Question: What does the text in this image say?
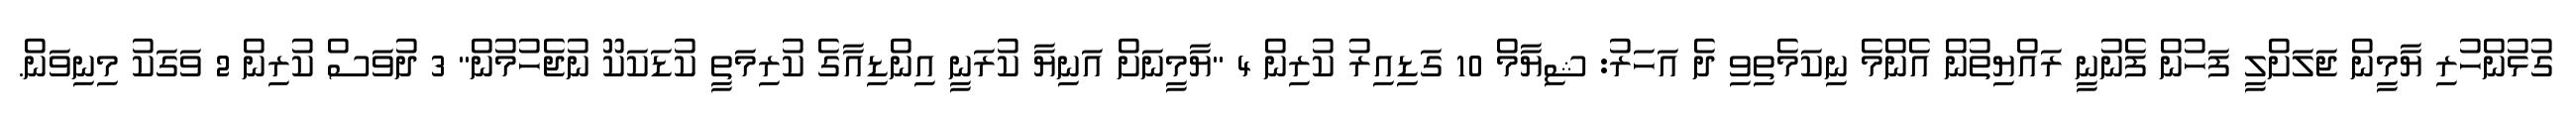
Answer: ގުޅުންހުރި ޔާމީން ޖަލަށްލީ ފަހުން ފެނުނީ ރައްޔިތުން އެންމެ ނިކަމެތިވި ދެ އަހަރު: ޝިޔާމް 10 ގަޑިއިރު ކުރިން 4 "ޔާމީނަށް އަނިޔާ ކުރަނީ އިންޑިއާގެ ކުރިމަތީ ކުޑަކަކޫ ނުޖެހުމުން" 3 ދުވަސް ކުރިން 2 ވަގަކު މިނިވަން.